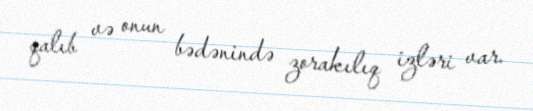
qalıb və onun bədənində zorakılıq izləri var.